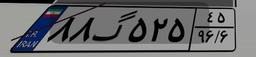
۳۱گ۳۲۱۶۷